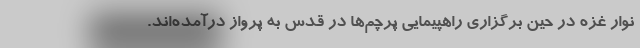
نوار غزه در حین برگزاری راهپیمایی پرچم‌ها در قدس به پرواز درآمده‌اند.